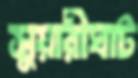
সুয়ারীঘাট